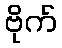
ဗိုက်